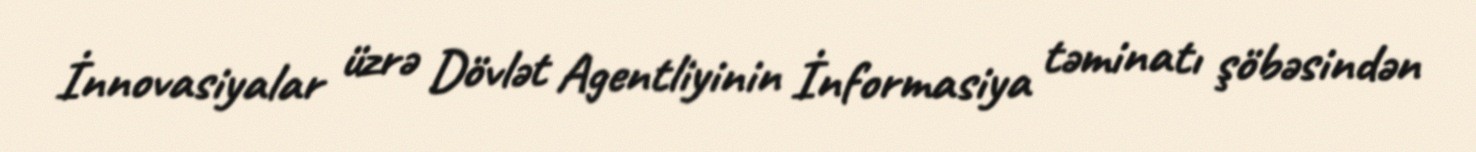
İnnovasiyalar üzrə Dövlət Agentliyinin İnformasiya təminatı şöbəsindən